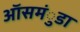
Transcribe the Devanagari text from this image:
ऑसमंुडा